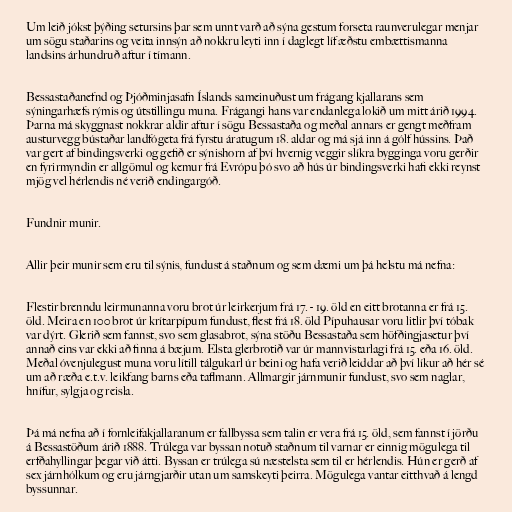
Um leið jókst þýðing setursins þar sem unnt varð að sýna gestum forseta raunverulegar menjar
um sögu staðarins og veita innsýn að nokkru leyti inn í daglegt líf æðstu embættismanna
landsins árhundruð aftur í tímann.

Bessastaðanefnd og Þjóðminjasafn Íslands sameinuðust um frágang kjallarans sem
sýningarhæfs rýmis og útstillingu muna. Frágangi hans var endanlega lokið um mitt árið 1994.
Þarna má skyggnast nokkrar aldir aftur í sögu Bessastaða og meðal annars er gengt meðfram
austurvegg bústaðar landfógeta frá fyrstu áratugum 18. aldar og má sjá inn á gólf hússins. Það
var gert af bindingsverki og gefið er sýnishorn af því hvernig veggir slíkra bygginga voru gerðir
en fyrirmyndin er allgömul og kemur frá Evrópu þó svo að hús úr bindingsverki hafi ekki reynst
mjög vel hérlendis né verið endingargóð.

Fundnir munir.

Allir þeir munir sem eru til sýnis, fundust á staðnum og sem dæmi um þá helstu má nefna:

Flestir brenndu leirmunanna voru brot úr leirkerjum frá 17. - 19. öld en eitt brotanna er frá 15.
öld. Meira en 100 brot úr krítarpípum fundust, flest frá 18. öld Pípuhausar voru litlir því tóbak
var dýrt. Glerið sem fannst, svo sem glasabrot, sýna stöðu Bessastaða sem höfðingjasetur því
annað eins var ekki að finna á bæjum. Elsta glerbrotið var úr mannvistarlagi frá 15. eða 16. öld.
Meðal óvenjulegust muna voru lítill tálgukarl úr beini og hafa verið leiddar að því líkur að hér sé
um að ræða e.t.v. leikfang barns eða taflmann. Allmargir járnmunir fundust, svo sem naglar,
hnífur, sylgja og reisla.

Þá má nefna að í fornleifakjallaranum er fallbyssa sem talin er vera frá 15. öld, sem fannst í jörðu
á Bessastöðum árið 1888. Trúlega var byssan notuð staðnum til varnar er einnig mögulega til
erfðahyllingar þegar við átti. Byssan er trúlega sú næstelsta sem til er hérlendis. Hún er gerð af
sex járnhólkum og eru járngjarðir utan um samskeyti þeirra. Mögulega vantar eitthvað á lengd
byssunnar.